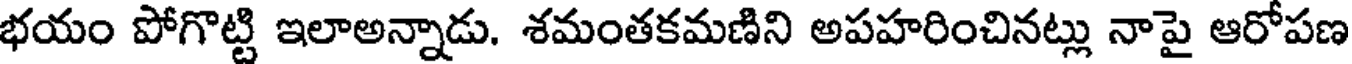
భయం పోగొట్టి ఇలాఅన్నాడు. శమంతకమణిని అపహరించినట్లు నాపై ఆరోపణ